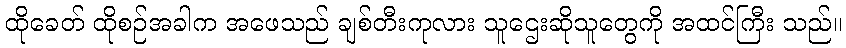
ထိုခေတ် ထိုစဉ်အခါက အဖေသည် ချစ်တီးကုလား သူဌေးဆိုသူတွေကို အထင်ကြီး သည်။